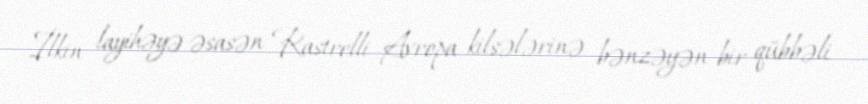
İlkin layihəyə əsasən Rastrelli Avropa kilsələrinə bənzəyən bir qübbəli